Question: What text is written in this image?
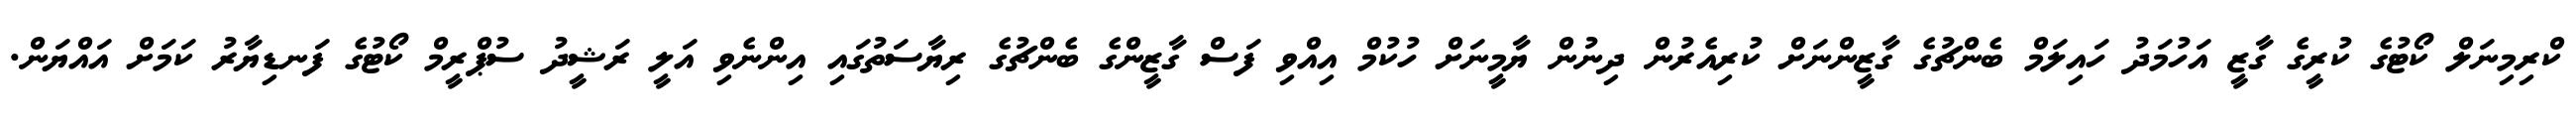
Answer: ކްރިމިނަލް ކޯޓުގެ ކުރީގެ ގާޒީ އަހުމަދު ހައިލަމް ބެންޗުގެ ގާޒީންނަށް ކުރިއެރުން ދިނުން ޔާމީނަށް ހުކުމް އިއްވި ފަސް ގާޒީންގެ ބެންޗުގެ ރިޔާސަތުގައި އިންނެވި އަލީ ރަޝީދު ސުޕްރީމް ކޯޓުގެ ފަނޑިޔާރު ކަމަށް އައްޔަން.